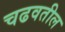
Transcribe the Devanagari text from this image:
चढवतील